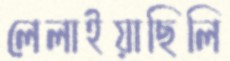
লেলাইয়াছিলি